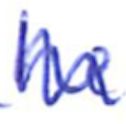
Text: he
Cross-out: zig-zag
Writing tool: ballpoint